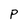
Character: P